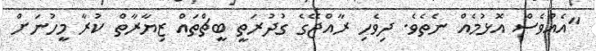
"އެއްވެސް އޮޅުމެއް ނެތެވެ. ދިވެހި ރާއްޖޭގެ ގުދުރަތީ ބީޗްތައް ޒިޔާރާތް ކުރާ މީހުނަށް